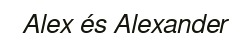
Alex és Alexander